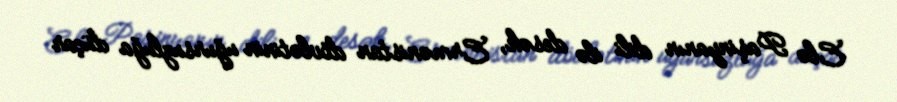
Elə Paşinyanın dili ilə desək, Ermənistan dövlətinin uğursuzluğa düçar